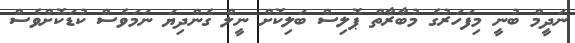
ނަދީމް ބުނީ މިފަހަރުގެ މުބާރާތް ޕޮޮލިސް ބަލިކޮށް ނީލް ގެންދިޔަ ނަމަވެސް ކުޑަކޮށްވެސް